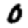
Digit: 0